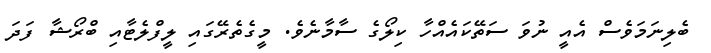
ބެލިނަމަވެސް އެއީ ނުވަ ސަތޭކައެއްހާ ކިލޯގެ ސާމާނެވެ. މީގެތެރޭގައި ލީފްލެޓާއި ބްރޯޝާ ފަދަ